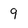
Character: 9